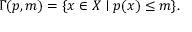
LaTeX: \Gamma ( p , m ) = \{ x \in X \mid p ( x ) \leq m \} .